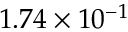
1 . 7 4 \times 1 0 ^ { - 1 }